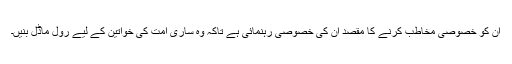
اُن کو خصوصی مخاطب کرنے کا مقصد اُن کی خصوصی رہنمائی ہے تاکہ وہ ساری امت کی خواتین کے لیے رول ماڈل بنیں۔